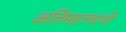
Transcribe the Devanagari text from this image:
अतिमहत्त्वाची